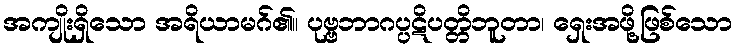
အကျိုးရှိသော အရိယာမဂ်၏။ ပုဗ္ဗဘာဂပ္ပဋိပတ္တိဘူတာ၊ ရှေးအဖို့ဖြစ်သော